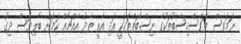
ނަމަވެސް ތަފާސްހިސާބުތަކުގެ ނިސްބަތްތަކަކީ އަދި އެއީ ތެދު އެއްޗެއް ކަމަށް ބެލިޔަސް ދިގު